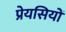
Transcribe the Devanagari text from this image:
प्रेयसियों